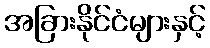
အခြားနိုင်ငံများနှင့်